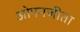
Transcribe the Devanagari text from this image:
ओपनजीता